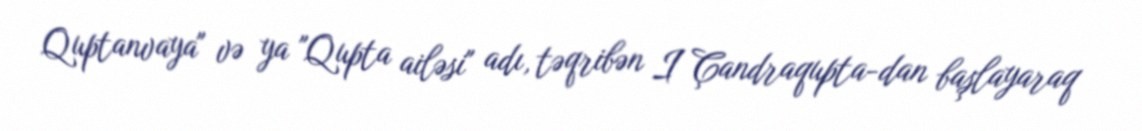
Quptanvaya" və ya "Qupta ailəsi" adı, təqribən I Çandraqupta-dan başlayaraq